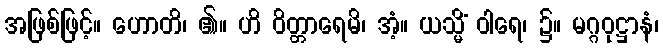
အဖြစ်ဖြင့်။ ဟောတိ၊ ၏။ ဟိ ဝိတ္တာရေမိ၊ အံ့။ ယသ္မိံ ဝါရေ၊ ၌။ မဂ္ဂဝုဋ္ဌာနံ၊